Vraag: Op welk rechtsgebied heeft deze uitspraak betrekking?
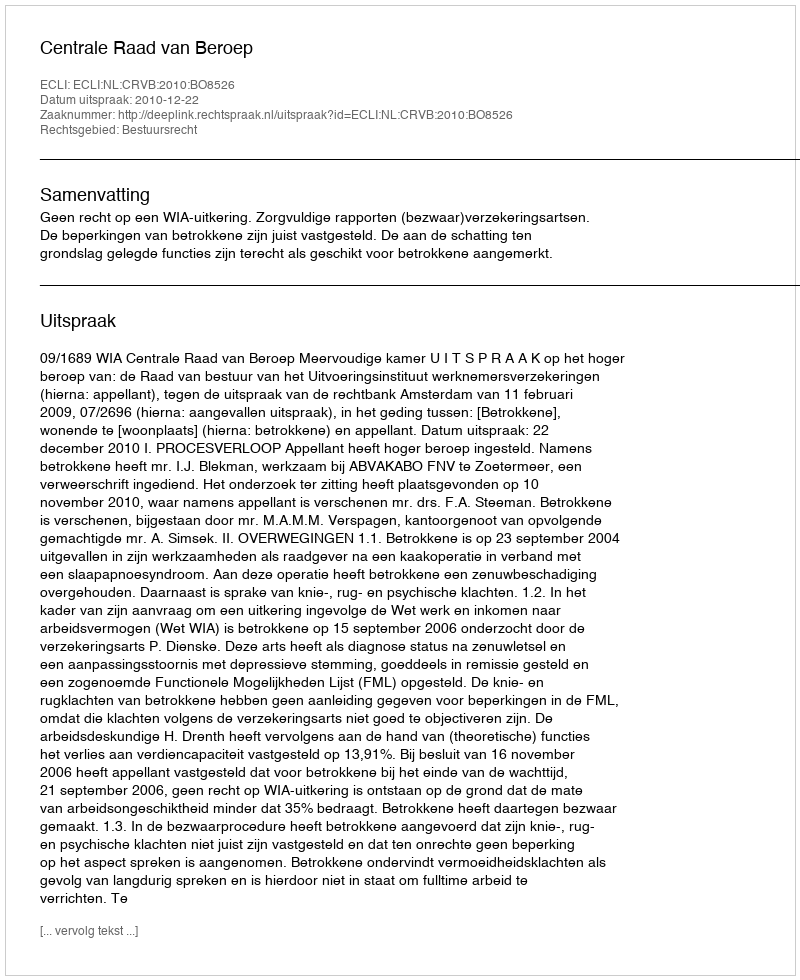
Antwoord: Bestuursrecht